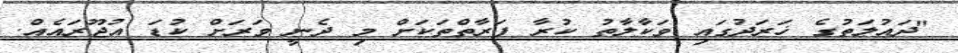
"ދައުލަތުގެ ޚަރަދުގައި ވަކާލާތު ކުރާ ފަރާތްތަކަށް މި ދެނީ ވަރަށް ކުޑަ އުޖޫރައެއް.